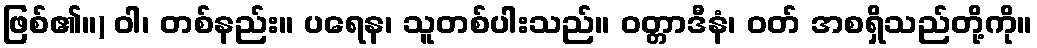
ဖြစ်၏။) ဝါ၊ တစ်နည်း။ ပရေန၊ သူတစ်ပါးသည်။ ဝတ္တာဒီနံ၊ ဝတ် အစရှိသည်တို့ကို။